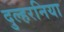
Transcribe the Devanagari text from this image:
दुल्हरनिया